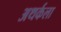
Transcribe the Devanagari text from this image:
अथर्कला